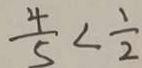
\frac { 4 } { 5 } < \frac { 1 } { 2 }